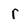
Character: r